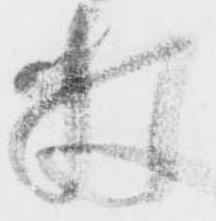
枚